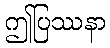
ဤပြဿနာ